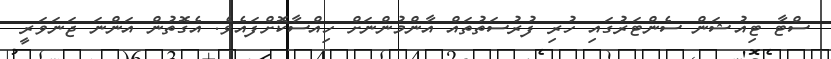
ސްޓާ ޓިއުޝަން ސެންޓަރުގައި ހުރި ފުރުސަތުތައް އާންމުންނަށް ހިއްސާކޮށްފައެވެ. އެގޮތުން އަންނަ ޖަނަވަރީ